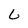
Character: 6